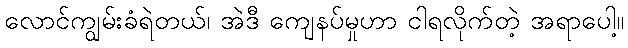
လောင်ကျွမ်းခံရဲတယ်၊ အဲဒီ ကျေနပ်မှုဟာ ငါရလိုက်တဲ့ အရာပေါ့။